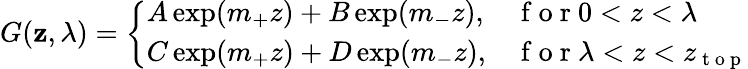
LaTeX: G(\mathbf{z},\lambda)=\left\{ \begin{array}{ll}{A\exp(m_{+}z)+B\exp(m_{-}z),}&{\mathrm{~f~o~r~}0<z<\lambda}\\ {C\exp(m_{+}z)+D\exp(m_{-}z),}&{\mathrm{~f~o~r~}\lambda<z<z_{\mathrm{~t~o~p~}}}\end{array}\right.